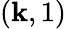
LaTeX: (\mathbf{k},1)